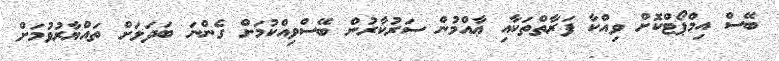
ބޭސް އިމްޕޯޓްކޮށް ވިއްކާ ފަރާތްތަކާއި ޢާއްމުން ސަރުކާރުން ބޭސްވިއްކުމަށް ގެންނަ ބަދަލަށް ތައްޔާރުވުމަށް